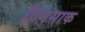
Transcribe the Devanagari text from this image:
विनसाक